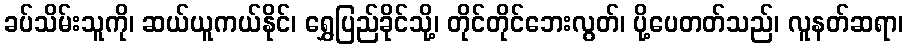
ခပ်သိမ်းသူကို၊ ဆယ်ယူကယ်နိုင်၊ ရွှေပြည်ခိုင်သို့၊ တိုင်တိုင်ဘေးလွတ်၊ ပို့ပေတတ်သည်၊ လူနတ်ဆရာ၊